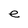
Character: e